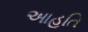
આહૂતિ